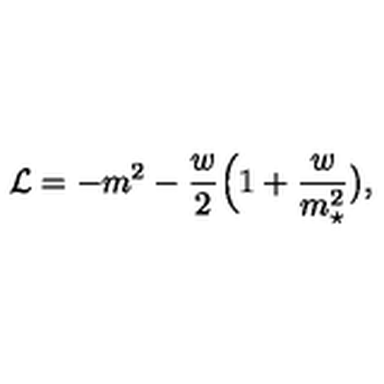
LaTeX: { \cal L } = - m ^ { 2 } - { \frac { w } { 2 } } \Big ( 1 + { \frac { w } { m _ { \star } ^ { 2 } } } \big ) ,